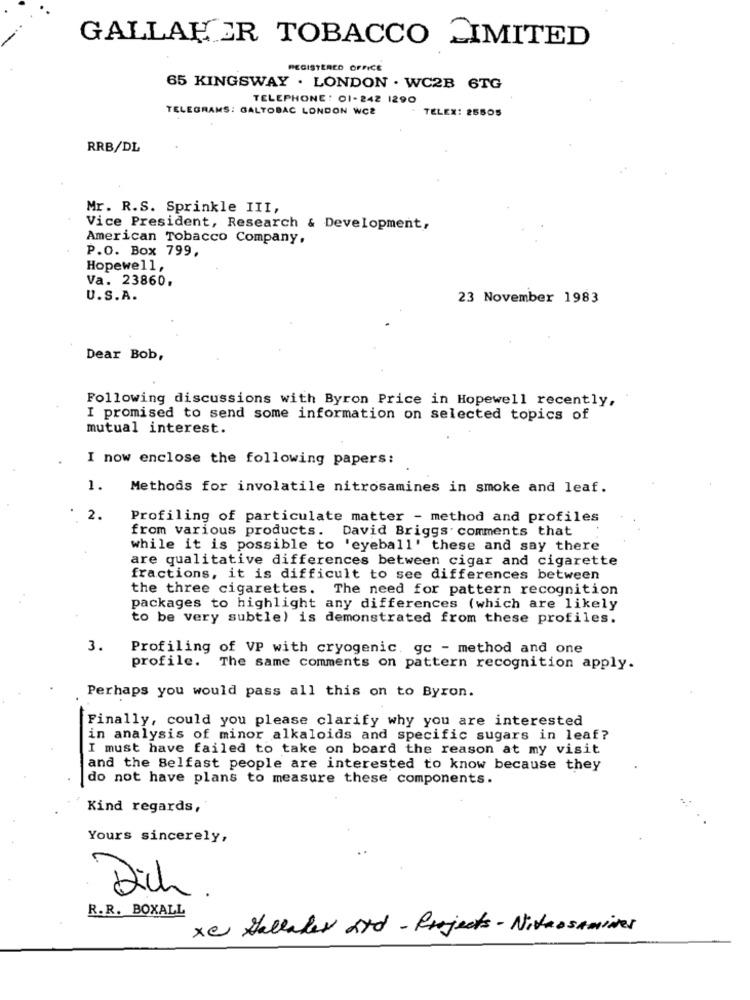
GALLAHER TOBACCO LIMITED
REGISTERED OFFICE
65 KINGSWAY . LONDON . WC2B 6TG
TELEPHONE: 01- 242 1290
TELEGRAMS: GALTOBAC LONDON WCZ
TELEX: 25505
RRB/DL
Mr. R.S. Sprinkle III,
Vice President, Research & Development,
American Tobacco Company,
P.O. Box 799,
Hopewell,
Va. 23860.
U.S.A.
23 November 1983
Dear Bob,
Following discussions with Byron Price in Hopewell recently,
I promised to send some information on selected topics of
mutual interest.
I now enclose the following papers:
1.
Methods for involatile nitrosamines in smoke and leaf.
2.
Profiling of particulate matter - method and profiles
from various products. David Briggs. comments that
while it is possible to 'eyeball' these and say there
are qualitative differences between cigar and cigarette
fractions, it is difficult to see differences between
the three cigarettes. The need for pattern recognition
packages to highlight any differences (which are likely
to be very subtle) is demonstrated from these profiles.
3.
Profiling of VP with cryogenic, gc - method and one
profile.
The same comments on pattern recognition apply.
Perhaps you would pass all this on to Byron.
Finally, could you please clarify why you are interested
in analysis of minor alkaloids and specific sugars in leaf?
I must have failed to take on board the reason at my visit
and the Belfast people are interested to know because they
do not have plans to measure these components.
Kind regards,
Yours sincerely,
Dich .
R.R. BOXALL
xe Hallaler ard - Projects - Nitrosamines